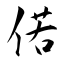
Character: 偌